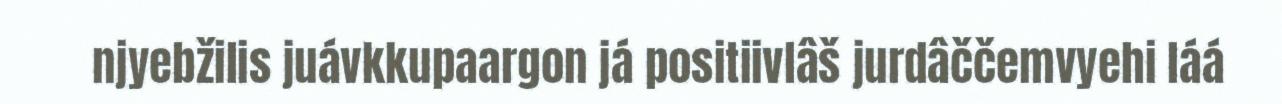
njyebžilis juávkkupaargon já positiivlâš jurdâččemvyehi láá